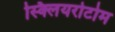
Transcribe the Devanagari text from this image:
स्क्लियरोटोम